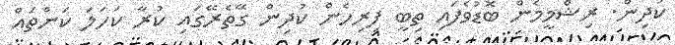
ކުދިން. ރިޝްމީމެން ބޮޑުވެފައި ތިބީ ފިރިހެން ކުދިން ގޭތެރޭގައި ކުރާ ކަހަލަ ކަންތައް